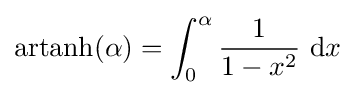
{\text{artanh}}(\alpha )=\int _{0}^{\alpha }{\frac {1}{1-x^{2}}}\ \mathrm {d} x